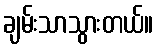
ချမ်းသာသွားတယ်။